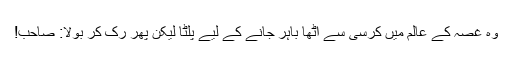
وہ غصہ کے عالم میں کرسی سے اٹھا باہر جانے کے لیے پلٹا لیکن پھر رک کر بولا: صاحب!